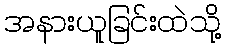
အနားယူခြင်းထဲသို့